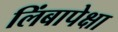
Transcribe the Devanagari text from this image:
लिंबापेक्षा